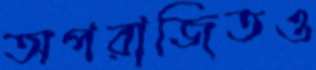
অপরাজিতও